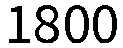
1800